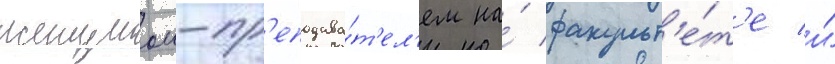
женщинои-пр'еподава́т'ел'ем на́ факульт'е́т'е и́